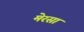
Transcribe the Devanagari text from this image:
मेरसा